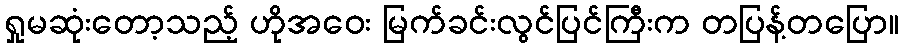
ရှုမဆုံးတော့သည့် ဟိုအဝေး မြက်ခင်းလွင်ပြင်ကြီးက တပြန့်တပြော။